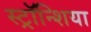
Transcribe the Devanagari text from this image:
स्ट्रॉन्शिया